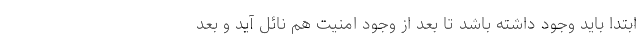
ابتدا باید وجود داشته باشد تا بعد از وجود امنیت هم نائل آید و بعد